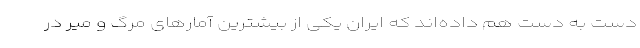
دست به دست هم داده‌اند که ایران یکی از بیشترین آمارهای مرگ و میر در